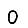
Digit: 0